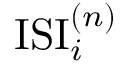
\mathrm { I S I } _ { i } ^ { ( n ) }